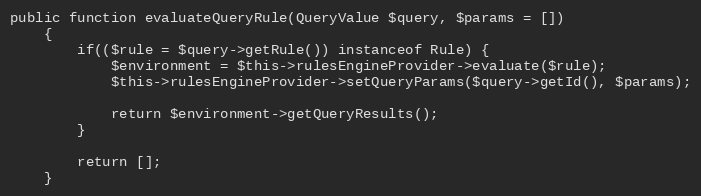
Language: PHP
public function evaluateQueryRule(QueryValue $query, $params = [])
    {
        if(($rule = $query->getRule()) instanceof Rule) {
            $environment = $this->rulesEngineProvider->evaluate($rule);
            $this->rulesEngineProvider->setQueryParams($query->getId(), $params);

            return $environment->getQueryResults();
        }

        return [];
    }